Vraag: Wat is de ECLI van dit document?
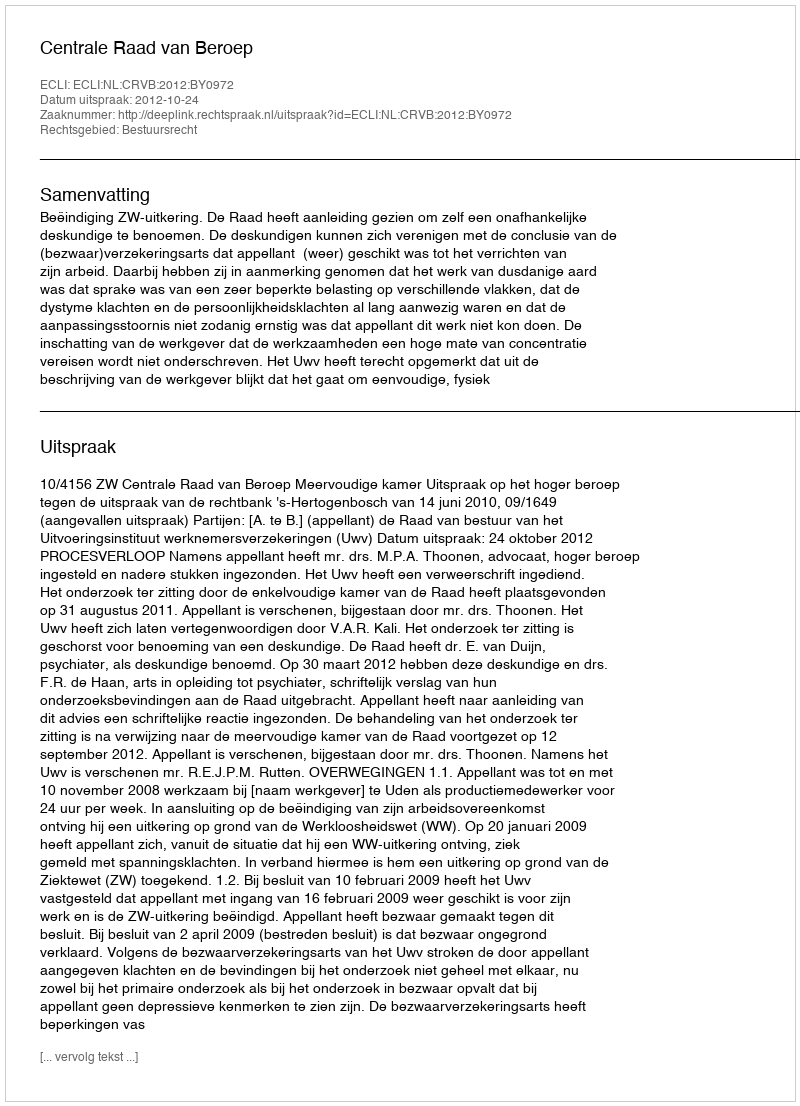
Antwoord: ECLI:NL:CRVB:2012:BY0972